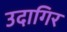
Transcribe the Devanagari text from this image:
उदागिर